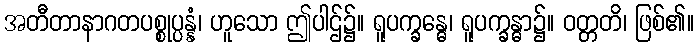
အတီတာနာဂတပစ္စုပ္ပန္နံ၊ ဟူသော ဤပါဌ်၌။ ရူပက္ခန္ဓေ၊ ရူပက္ခန္ဓာ၌။ ဝတ္တတိ၊ ဖြစ်၏။